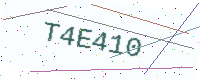
Text: T4E410